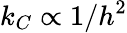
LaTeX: k_{C}\propto 1/h^{2}